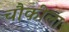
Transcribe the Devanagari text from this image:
चौकीला